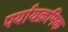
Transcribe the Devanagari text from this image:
पर्यायक्रमिक